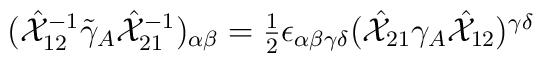
(\hat{{\cal X}}_{12}^{-1}\tilde{\gamma}_{A}\hat{{\cal X}}_{21}^{-1})_{\alpha\beta}=\textstyle{\frac{1}{2}}\epsilon_{\alpha\beta\gamma\delta}(\hat{{\cal X}}_{21}\gamma_{A}\hat{{\cal X}}_{12})^{\gamma\delta}